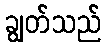
ချွတ်သည်